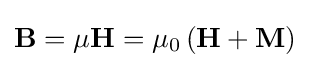
\mathbf {B} =\mu \mathbf {H} =\mu _{0}\left(\mathbf {H} +\mathbf {M} \right)